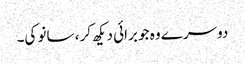
دوسرے وہ جو برائی دیکھ کر، سانو کی۔